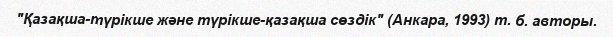
"Қазақша-түрікше және түрікше-қазақша сөздік" (Анкара, 1993) т. б. авторы.